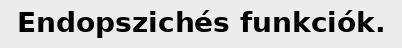
Endopszichés funkciók.